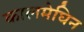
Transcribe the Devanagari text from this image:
कालमेघिन